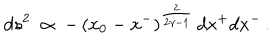
d s ^ { 2 } \: \propto \: - \, ( x _ { 0 } - x ^ { - } ) ^ { \frac { 2 } { 2 \gamma - 1 } } \, d x ^ { + } d x ^ { - } \, .